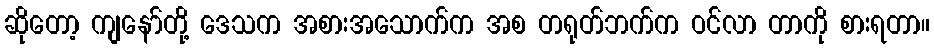
ဆိုတော့ ကျနော်တို့ ဒေသက အစားအသောက်က အစ တရုတ်ဘက်က ဝင်လာ တာကို စားရတာ။